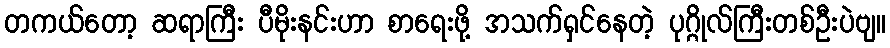
တကယ်တော့ ဆရာကြီး ပီမိုးနင်းဟာ စာရေးဖို့ အသက်ရှင်နေတဲ့ ပုဂ္ဂိုလ်ကြီးတစ်ဦးပဲဗျ။